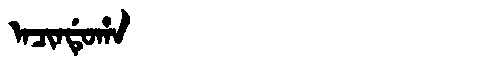
Manchu: ᠠᠴᡳᠨᡩᡠᡥᠠ
Romanization: ACINDUHA